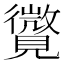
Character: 𧢓